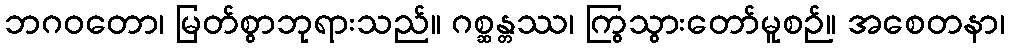
ဘဂဝတော၊ မြတ်စွာဘုရားသည်။ ဂစ္ဆန္တဿ၊ ကြွသွားတော်မူစဉ်။ အစေတနာ၊